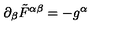
\partial _ { \beta } \tilde { F } ^ { \alpha \beta } = - g ^ { \alpha }